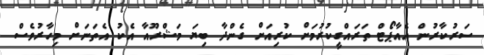
ސަރުކާރުން އެއާޕޯޓް ތަރައްގީކުރުމަށް ކުރިއަށް ގެންދާ ބިޔަ މަޝްރޫއާ އެކު އެތަނަށް މިހާރުވެސް